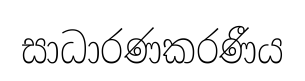
සාධාරණකරණීය